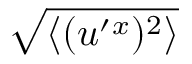
\sqrt { \langle { ( u ^ { \prime } { } ^ { x } ) ^ { 2 } } \rangle }